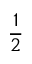
\frac { 1 } { 2 }